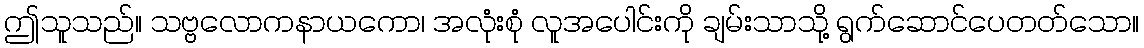
ဤသူသည်။ သဗ္ဗလောကနာယကော၊ အလုံးစုံ လူအပေါင်းကို ချမ်းသာသို့ ရွက်ဆောင်ပေတတ်သော။